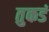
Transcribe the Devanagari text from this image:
तुकडं